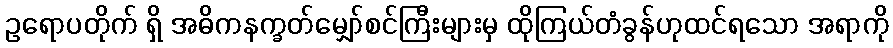
ဥရောပတိုက် ရှိ အဓိကနက္ခတ်မျှော်စင်ကြီးများမှ ထိုကြယ်တံခွန်ဟုထင်ရသော အရာကို